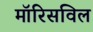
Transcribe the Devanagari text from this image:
मॉरिसविल